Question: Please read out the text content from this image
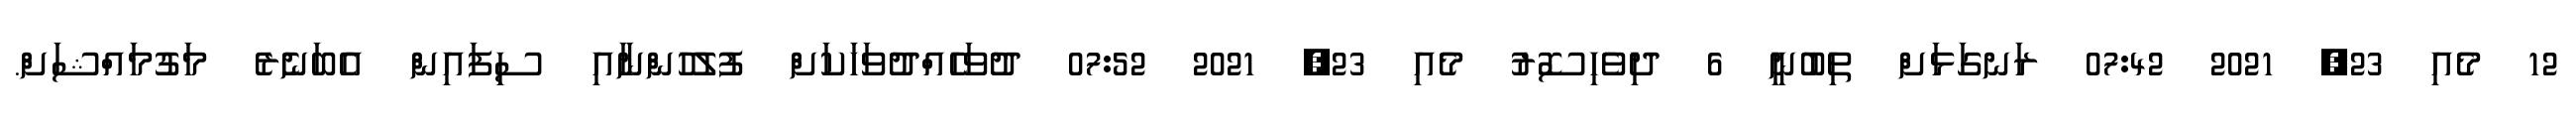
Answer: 12 މެއި 23, 2021 07:42 ރަނގަޅަށް ތިބުނީ 6 ދިވެހިސޮރު މެއި 23, 2021 07:52 ދުވަހެއްދުވަހަކަށް ފުލުހުންނާއި ސިފައިން އެބަނެރެ މަގުމައްޝަށް.